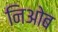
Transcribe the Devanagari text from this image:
निओब